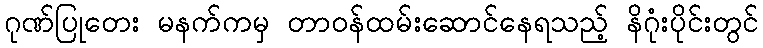
ဂုဏ်ပြုတေး မနက်ကမှ တာဝန်ထမ်းဆောင်နေရသည့် နိဂုံးပိုင်းတွင်